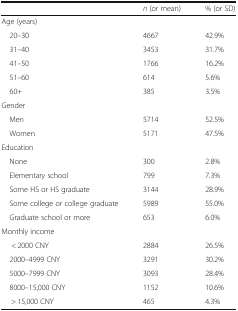
<table><thead><tr><td></td><td><b><i>n</i> (or mean)</b></td><td><b>% (or SD)</b></td></tr></thead><tbody><tr><td colspan="3">Age (years)</td></tr><tr><td> 20–30</td><td>4667</td><td>42.9%</td></tr><tr><td> 31–40</td><td>3453</td><td>31.7%</td></tr><tr><td> 41–50</td><td>1766</td><td>16.2%</td></tr><tr><td> 51–60</td><td>614</td><td>5.6%</td></tr><tr><td> 60+</td><td>385</td><td>3.5%</td></tr><tr><td colspan="3">Gender</td></tr><tr><td> Men</td><td>5714</td><td>52.5%</td></tr><tr><td> Women</td><td>5171</td><td>47.5%</td></tr><tr><td colspan="3">Education</td></tr><tr><td> None</td><td>300</td><td>2.8%</td></tr><tr><td> Elementary school</td><td>799</td><td>7.3%</td></tr><tr><td> Some HS or HS graduate</td><td>3144</td><td>28.9%</td></tr><tr><td> Some college or college graduate</td><td>5989</td><td>55.0%</td></tr><tr><td> Graduate school or more</td><td>653</td><td>6.0%</td></tr><tr><td colspan="3">Monthly income</td></tr><tr><td>&lt; 2000 CNY</td><td>2884</td><td>26.5%</td></tr><tr><td> 2000–4999 CNY</td><td>3291</td><td>30.2%</td></tr><tr><td> 5000–7999 CNY</td><td>3093</td><td>28.4%</td></tr><tr><td> 8000–15,000 CNY</td><td>1152</td><td>10.6%</td></tr><tr><td>&gt; 15,000 CNY</td><td>465</td><td>4.3%</td></tr></tbody></table>